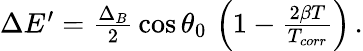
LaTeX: \begin{array}{r}{\Delta E^{\prime}=\frac{\Delta_{B}}{2}\, \cos\theta_{0}\, \left(1-\frac{2\beta T}{T_{corr}}\right)\, .}\end{array}